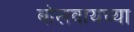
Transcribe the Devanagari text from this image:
बोलवायच्या